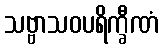
သဗ္ဗာသဝပရိက္ခီဏံ